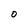
Character: 0